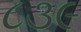
૮૩૯